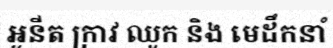
អូនីត ក្រាវ ឈូក និង មេដឹកនាំ